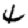
Digit: 4